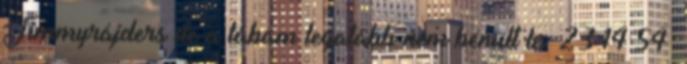
Jimmyrájders de a lábam legalább nem bénult le 23:14:54